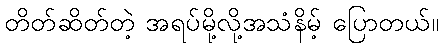
တိတ်ဆိတ်တဲ့ အရပ်မို့လို့အသံနိမ့် ပြောတယ်။